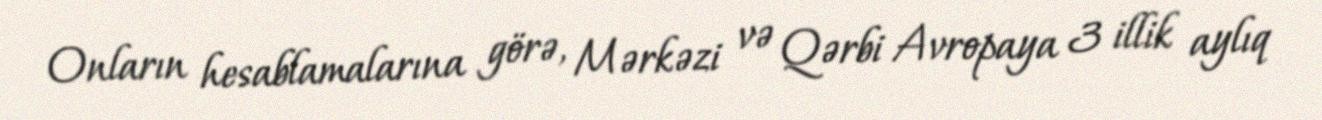
Onların hesablamalarına görə, Mərkəzi və Qərbi Avropaya 3 illik aylıq